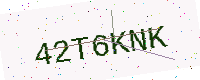
Text: 42T6KNK